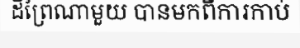
ដីព្រៃណាមួយ បានមកពីការកាប់